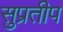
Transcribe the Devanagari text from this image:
सुप्रतीप